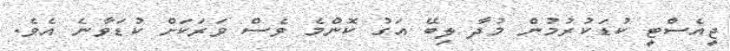
ޖީއެސްޓީ ކުޑަކުރުމުން މުދާ ލިބޭ އަގު ކޮންމެ ވެސް ވަރަކަށް ކުޑަވާނެ އެވެ.